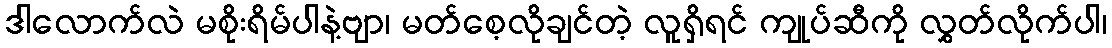
ဒါလောက်လဲ မစိုးရိမ်ပါနဲ့ဗျာ၊ မတ်စေ့လိုချင်တဲ့ လူရှိရင် ကျုပ်ဆီကို လွှတ်လိုက်ပါ၊